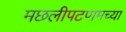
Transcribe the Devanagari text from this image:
मछलीपटणमच्या